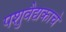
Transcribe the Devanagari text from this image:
पशुवैद्यकाचे